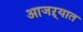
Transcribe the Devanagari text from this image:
आजऱ्यात